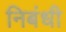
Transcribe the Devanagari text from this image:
निबंधी